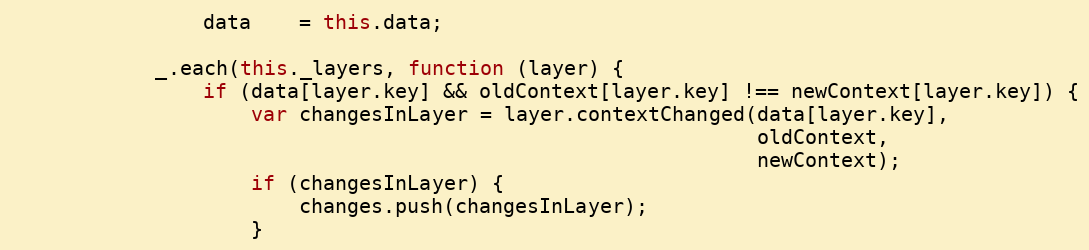
Language: JavaScript
                data    = this.data;

            _.each(this._layers, function (layer) {
                if (data[layer.key] && oldContext[layer.key] !== newContext[layer.key]) {
                    var changesInLayer = layer.contextChanged(data[layer.key],
                                                              oldContext,
                                                              newContext);
                    if (changesInLayer) {
                        changes.push(changesInLayer);
                    }